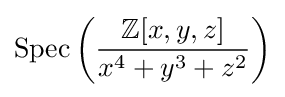
{\text{Spec}}\left({\frac {\mathbb {Z} [x,y,z]}{x^{4}+y^{3}+z^{2}}}\right)